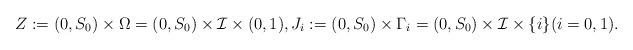
LaTeX: \begin{align*}Z:=(0,S_{0})\times \Omega=(0,S_{0})\times \mathcal{I}\times (0,1), J_i:=(0,S_{0})\times \Gamma_i=(0,S_{0})\times \mathcal{I}\times \{i\}(i=0,1).\end{align*}